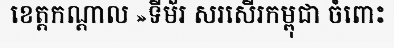
ខេត្តកណ្តាល »ទីម័រ សរសើរកម្ពុជា ចំពោះ